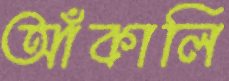
আঁকালি